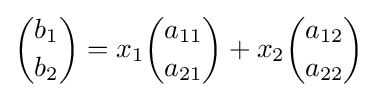
{\binom {b_{1}}{b_{2}}}=x_{1}{\binom {a_{11}}{a_{21}}}+x_{2}{\binom {a_{12}}{a_{22}}}